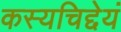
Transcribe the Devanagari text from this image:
कस्यचिद्देयं